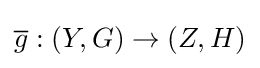
{\overline {g}}:(Y,G)\to (Z,H)